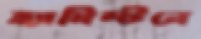
হ্যামিল্টনে